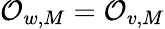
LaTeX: \mathcal{O}_{w,M}=\mathcal{O}_{v,M}